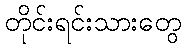
တိုင်းရင်းသားတွေ